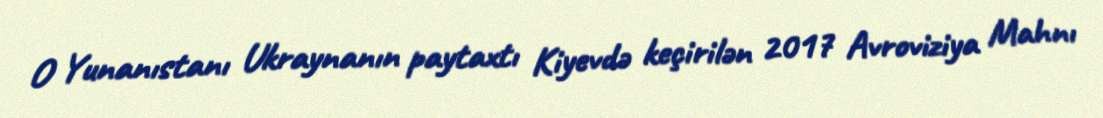
O Yunanıstanı Ukraynanın paytaxtı Kiyevdə keçirilən 2017 Avroviziya Mahnı